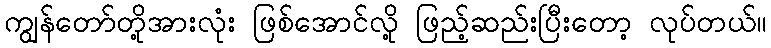
ကျွန်တော်တို့အားလုံး ဖြစ်အောင်လို့ ဖြည့်ဆည်းပြီးတော့ လုပ်တယ်။